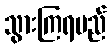
သွားကြရမည်